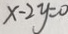
x - 2 y = 0